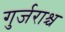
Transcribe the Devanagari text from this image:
गुर्जराश्च